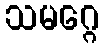
သမဂ္ဂေ